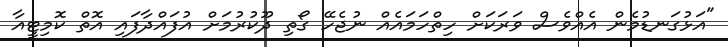
"އަޅުގަނޑުމެން އެއްވެސް ވަރަކަށް ހިތްހަމައެއް ނުޖެހޭ ގޯތި ދޫކުރުމަށް އުފައްދާފައި އޮތް ކޮމިޓީއާ